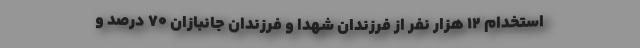
استخدام ۱۲ هزار نفر از فرزندان شهدا و فرزندان جانبازان ۷۰ درصد و